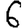
Digit: 6